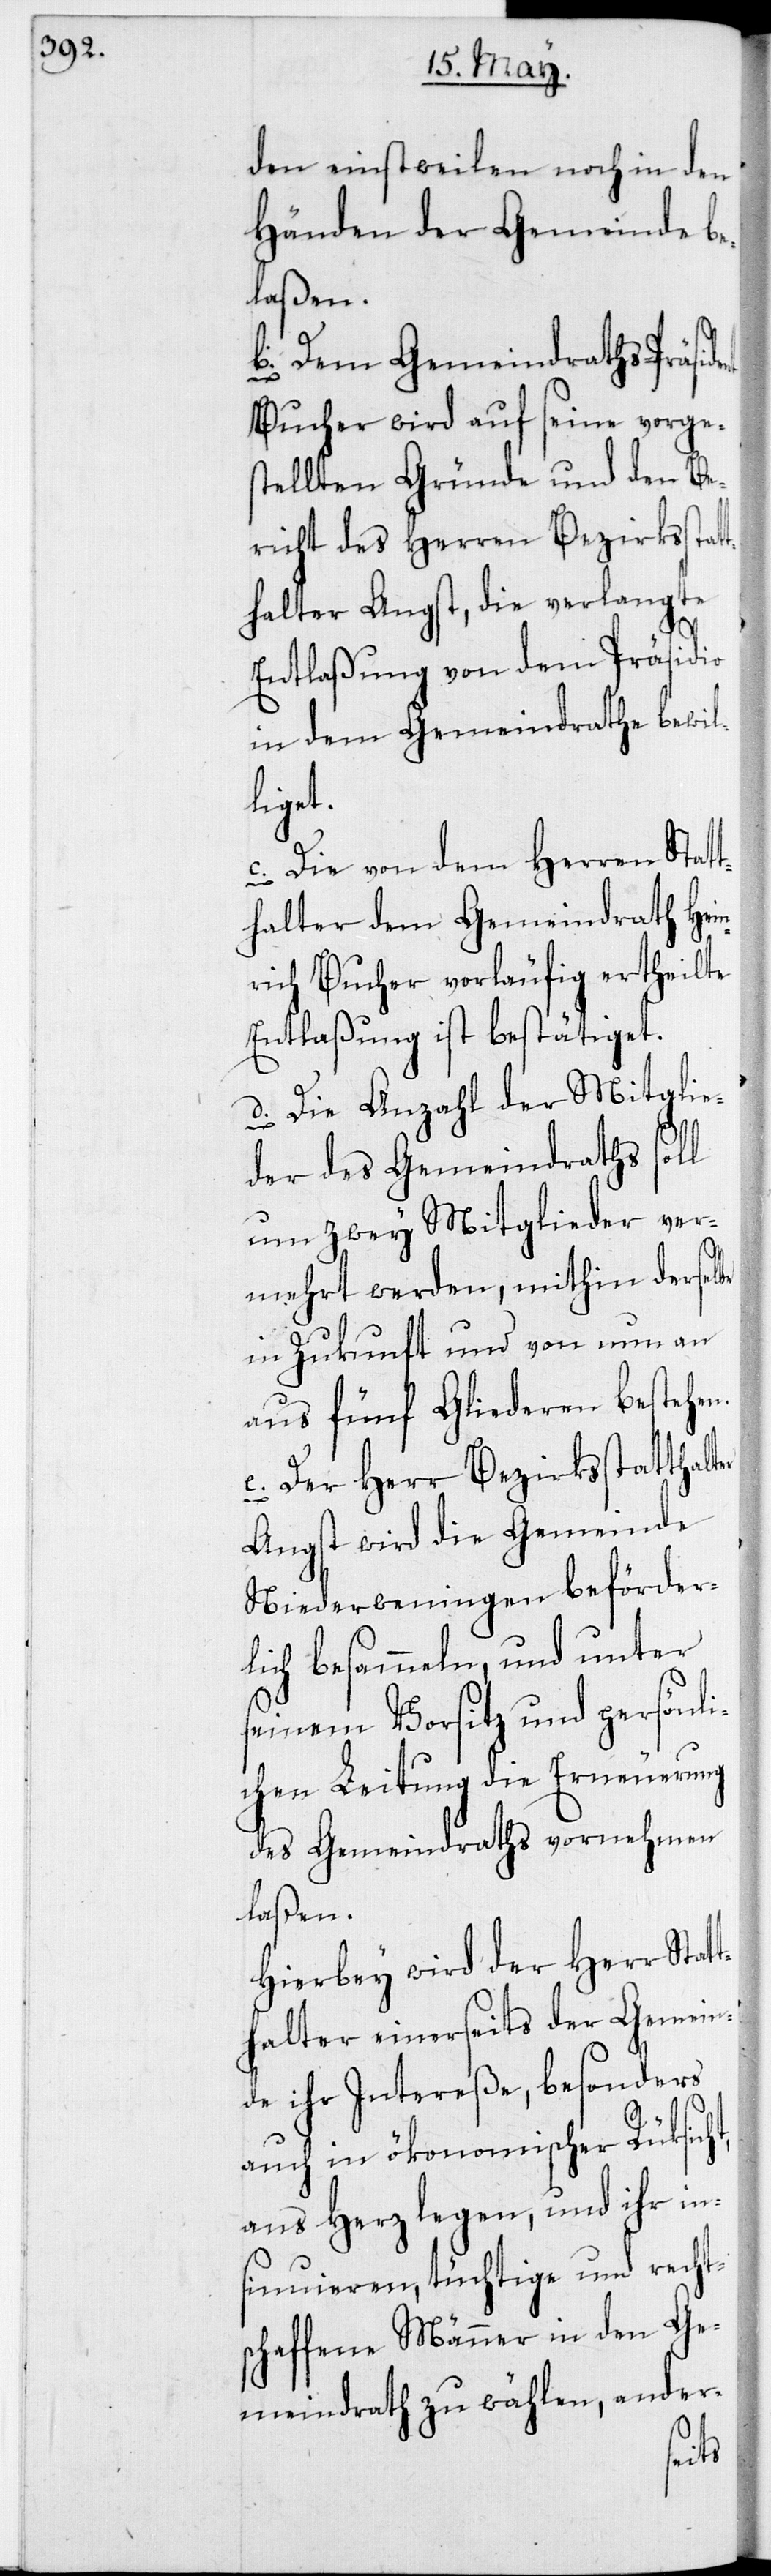
den einstweilen noch in den
Händen der Gemeinde be¬
laßen.
b) Dem Gemeindraths-Präsi¬
Bucher wird auf seine vorges¬
tellten Gründe und den Be¬
richt des Herren Bezirksstat¬
thalter Angst, die verlangte
Entlaßung von dem Präsidio
in dem Gemeindrathe bewil¬
liget.
c) Die von dem Herren Statt¬
halter dem Gemeindrath Hein¬
rich Bucher vorläufig ertheilte
Entlaßung ist bestätiget.
d) Die Anzahl der Mitglie¬
der des Gemeindraths soll
um zwey Mitglieder ver¬
mehrt werden, mithin derselbe
in Zukunft und von nun an
aus fünf Gliederen bestehen.
e) Der Herr Bezirksstatthal¬
Angst wird die Gemeinde
Niederweningen beförder¬
lich besammeln, und unter
seinem Vorsitz und persönli¬
chen Leitung die Erneuerung
des Gemeindraths vornehmen
laßen.
Hierbey wird der Herr Stat¬
thalter einerseits der Gemein¬
de ihr Intereße, besonders
auch in ökonomischer Rüksich¬
ans Herz legen, und ihr in¬
sinuieren, tüchtige und recht¬
schaffene Männer in den Ge¬
meindrath zu wählen, ander-
t,